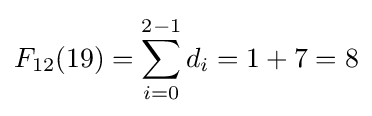
F_{12}(19)=\sum _{i=0}^{2-1}d_{i}=1+7=8